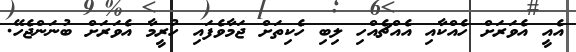
އެއީ އެވަރަށް ހެއްކާއި އެއްޗެއްހި ލިބި ހެކިތަށް ޖަމާވެފައި ހުރީމާ އެވަރަށް ބުނަންޖެހޭ.